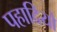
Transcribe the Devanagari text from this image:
पहादियो